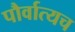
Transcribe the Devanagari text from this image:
पौर्वात्यच